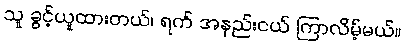
သူ ခွင့်ယူထားတယ်၊ ရက် အနည်းငယ် ကြာလိမ့်မယ်။